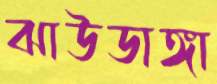
ঝাউডাঙ্গা